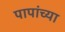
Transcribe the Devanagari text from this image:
पापांच्‍या